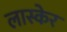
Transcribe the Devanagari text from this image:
लास्केर